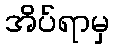
အိပ်ရာမှ